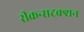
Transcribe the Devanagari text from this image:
रीकन्सट्रक्शन